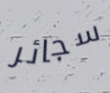
سجائر